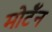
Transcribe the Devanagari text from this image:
मोर्टॅन